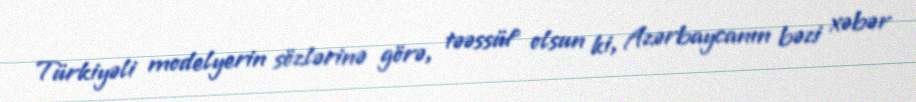
Türkiyəli modelyerin sözlərinə görə, təəssüf olsun ki, Azərbaycanın bəzi xəbər